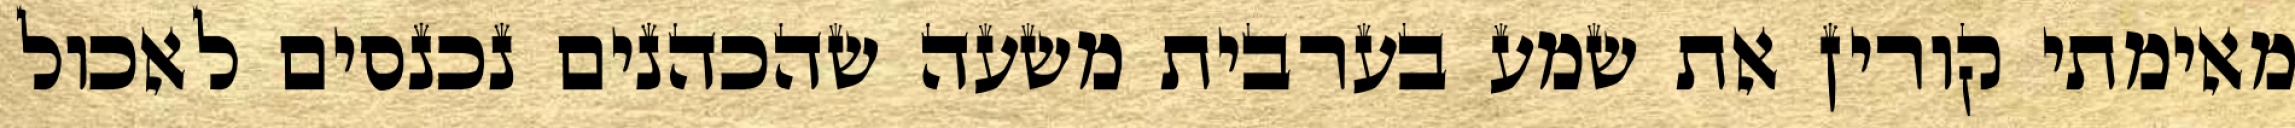
מאימתי קורין את שמע בערבית משעה שהכהנים נכנסים לאכול